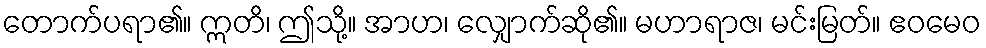
တောက်ပရာ၏။ ဣတိ၊ ဤသို့။ အာဟ၊ လျှောက်ဆို၏။ မဟာရာဇ၊ မင်းမြတ်။ ဧဝမေဝ